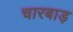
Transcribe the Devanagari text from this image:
चारबाड़